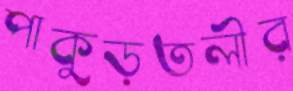
পাকুড়তলীর